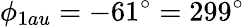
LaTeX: \phi_{1au}=-61^{\circ}=299^{\circ}